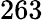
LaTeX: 263